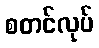
စတင်လုပ်